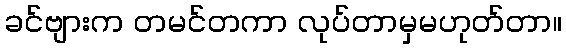
ခင်ဗျားက တမင်တကာ လုပ်တာမှမဟုတ်တာ။